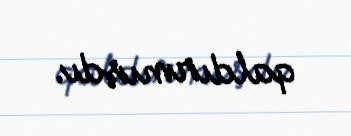
qaldırmışdı.